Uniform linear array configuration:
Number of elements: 16
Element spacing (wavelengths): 1
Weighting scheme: cosine
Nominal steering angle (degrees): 60
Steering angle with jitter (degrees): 58.113
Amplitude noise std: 0.05
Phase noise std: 0.05

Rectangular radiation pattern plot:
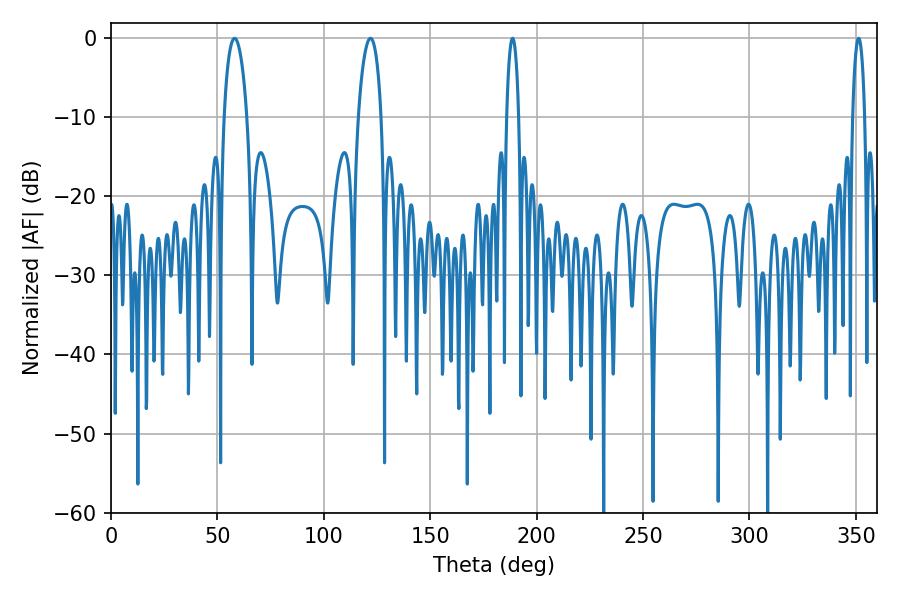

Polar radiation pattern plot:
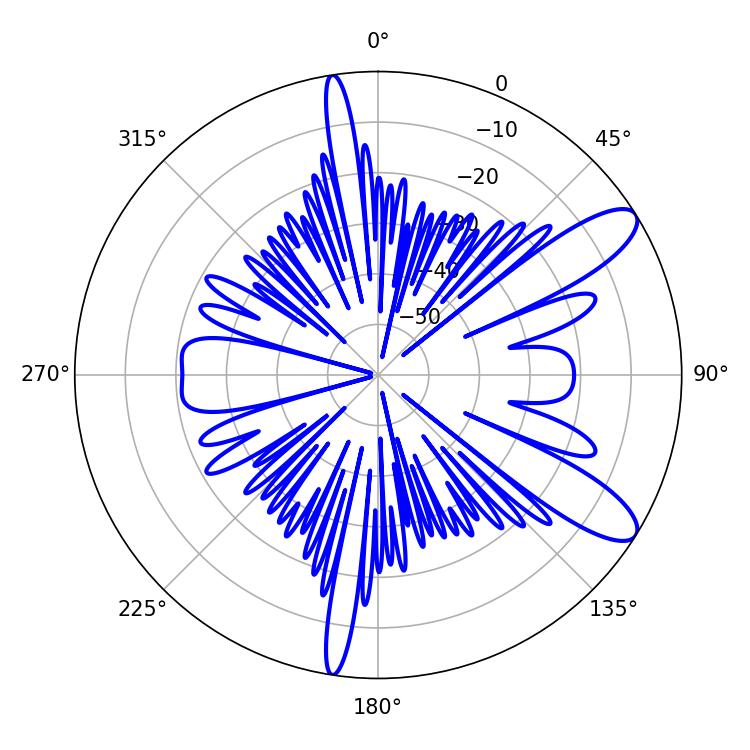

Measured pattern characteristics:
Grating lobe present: TRUE
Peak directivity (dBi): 10.478
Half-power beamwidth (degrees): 6.12
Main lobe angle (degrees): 58.14